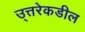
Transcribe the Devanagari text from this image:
उ्त्तरेकडील